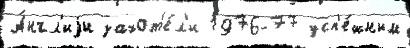
А́нгл'иjи захот'е́л'и 1976-77 усп'е́шным